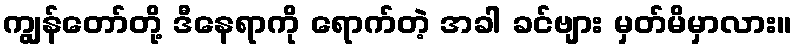
ကျွန်တော်တို့ ဒီနေရာကို ရောက်တဲ့ အခါ ခင်ဗျား မှတ်မိမှာလား။